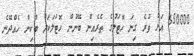
650000 އަށް ވުރެ ގިނަ ހޮޓަލުގެ ތެރެއިން ބޭނުން ހޮޓަލަކަށް ބުކިން ހެއްދޭނެ